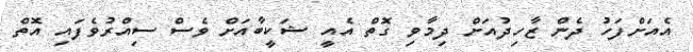
އެއަށްފަހު ދެން ޒާހިދުއަށް ދިމާވި ގޮތް އެއީ ޝަކީބާއަށް ވެސް ސިއްރުވެފައި އޮތް